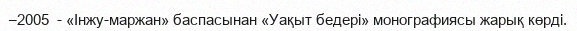
–2005  - «Інжу-маржан» баспасынан «Уақыт бедері» монографиясы жарық көрді.